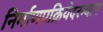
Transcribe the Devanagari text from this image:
निर्माणप्रक्रियेदरम्यान